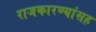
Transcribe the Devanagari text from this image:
राजकारण्यांसह